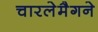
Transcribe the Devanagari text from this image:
चारलेमैगने